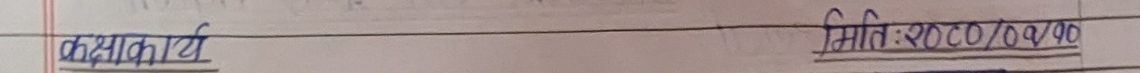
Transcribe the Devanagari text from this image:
कक्षाकार्य मिति: २०२०/०9/१०